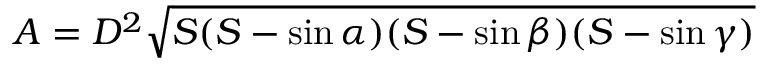
A = D ^ { 2 } { \sqrt { S ( S - \sin \alpha ) ( S - \sin \beta ) ( S - \sin \gamma ) } }